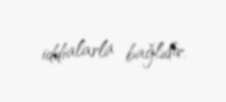
iddialarla bağlıdır.